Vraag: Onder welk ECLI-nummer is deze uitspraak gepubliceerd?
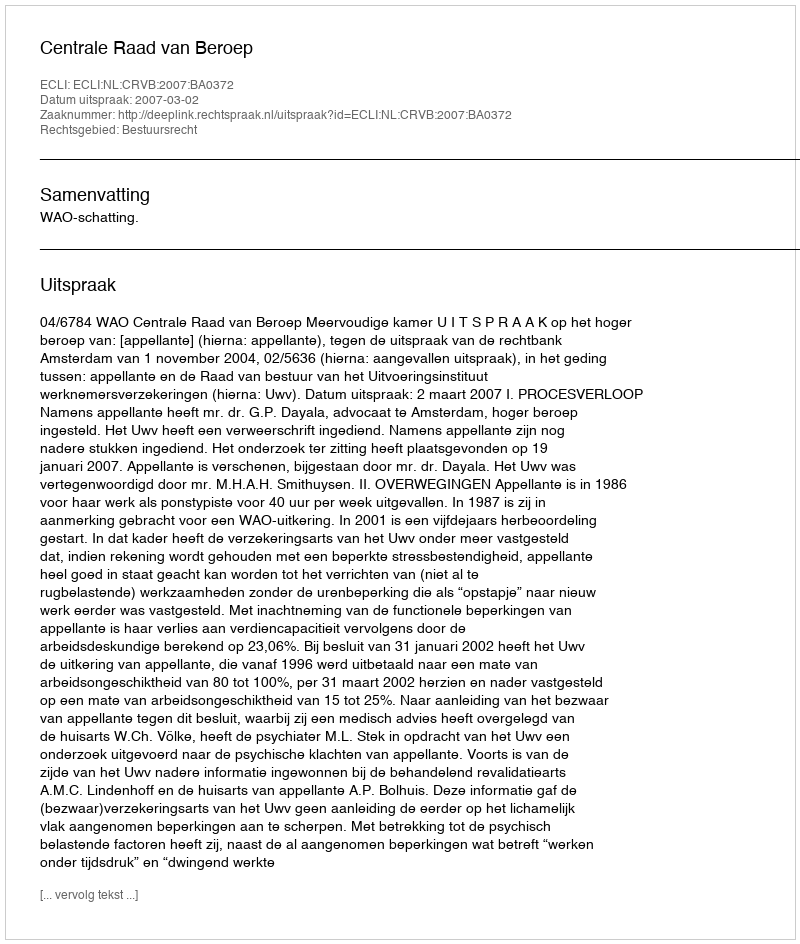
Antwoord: ECLI:NL:CRVB:2007:BA0372